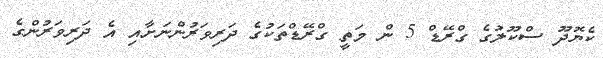
ކެޔޮދޫ ސްކޫލުގެ ގްރޭޑް 5 ން މަތީ ގްރޭޑްތަކުގެ ދަރިވަރުންނަށާއި އެ ދަރިވަރުންގެ